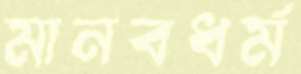
মানবধর্ম